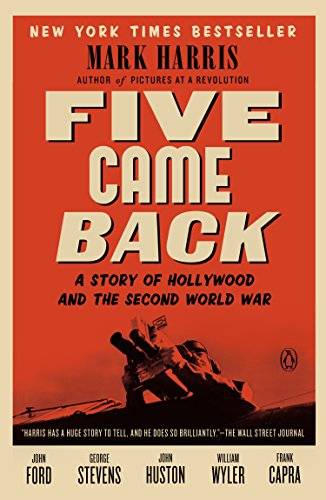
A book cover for Five Came Back: A Story of Hollywood and the Second World War; Mark Harris; Humor & Entertainment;